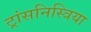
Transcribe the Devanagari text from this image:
ट्रांसनिस्त्रिया